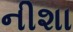
નીશા